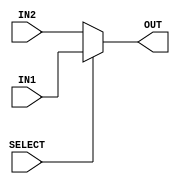
// Computer Architecture (CO224) - Lab 05
// Design: 2 to 1 Multiplexer module
// Group Number : 27
// E Numbers : E/18/077, E/18/227
// Names : Dharmarathne N.S., Mudalige D.H.

module mux2to1(IN1, IN2, OUT, SELECT);
	input [7:0] IN1, IN2;
	input SELECT;
	output [7:0] OUT;
	assign OUT = (SELECT) ? IN1 : IN2;
endmodule